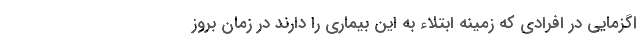
اگزمایی در افرادی که زمینه ابتلاء به این بیماری را دارند در زمان بروز